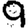
Digit: 9